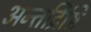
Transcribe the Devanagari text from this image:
अन्तर्द्रिष्टि